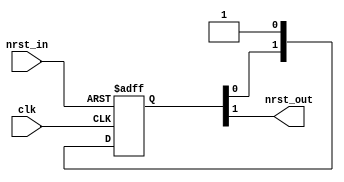
// This program was cloned from: https://github.com/aolofsson/oh
// License: MIT License

//#############################################################################
//# Function:  Reset synchronizer                                             #
//             (async assert, sync deassert)                                  #
//# Copyright: OH Project Authors. All rights Reserved.                       #
//# License:   MIT (see LICENSE file in OH repository)                        #
//#############################################################################

module asic_rsync #(parameter PROP = "DEFAULT")  (
   input  clk,
   input  nrst_in,
   output nrst_out
   );

   localparam SYNCPIPE=2;

   reg [SYNCPIPE-1:0] sync_pipe;
   always @ (posedge clk or negedge nrst_in)
     if(!nrst_in)
       sync_pipe[SYNCPIPE-1:0] <= 'b0;
     else
       sync_pipe[SYNCPIPE-1:0] <= {sync_pipe[SYNCPIPE-2:0],1'b1};
   assign nrst_out = sync_pipe[SYNCPIPE-1];

endmodule